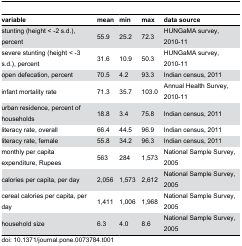
| variable | mean | min | max | data source |
 | --- | --- | --- | --- | --- |
 | stunting (height < -2 s.d.), percent | 55.9 | 25.2 | 72.3 | HUNGaMA survey, 2010-11 |
 | severe stunting (height < -3 s.d.), percent | 31.6 | 10.9 | 50.3 | HUNGaMA survey, 2010-11 |
 | open defecation, percent | 70.5 | 4.2 | 93.3 | Indian census, 2011 |
 | infant mortality rate | 71.3 | 35.7 | 103.0 | Annual Health Survey, 2010-11 |
 | urban residence, percent of households | 18.8 | 3.4 | 75.8 | Indian census, 2011 |
 | literacy rate, overall | 66.4 | 44.5 | 96.9 | Indian census, 2011 |
 | literacy rate, female | 55.8 | 34.2 | 96.3 | Indian census, 2011 |
 | monthly per capita expenditure, Rupees | 563 | 284 | 1,573 | National Sample Survey, 2005 |
 | calories per capita, per day | 2,056 | 1,573 | 2,612 | National Sample Survey, 2005 |
 | cereal calories per capita, per day | 1,411 | 1,006 | 1,968 | National Sample Survey, 2005 |
 | household size | 6.3 | 4.0 | 8.6 | National Sample Survey, 2005 |